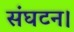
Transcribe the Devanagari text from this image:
संघटन।